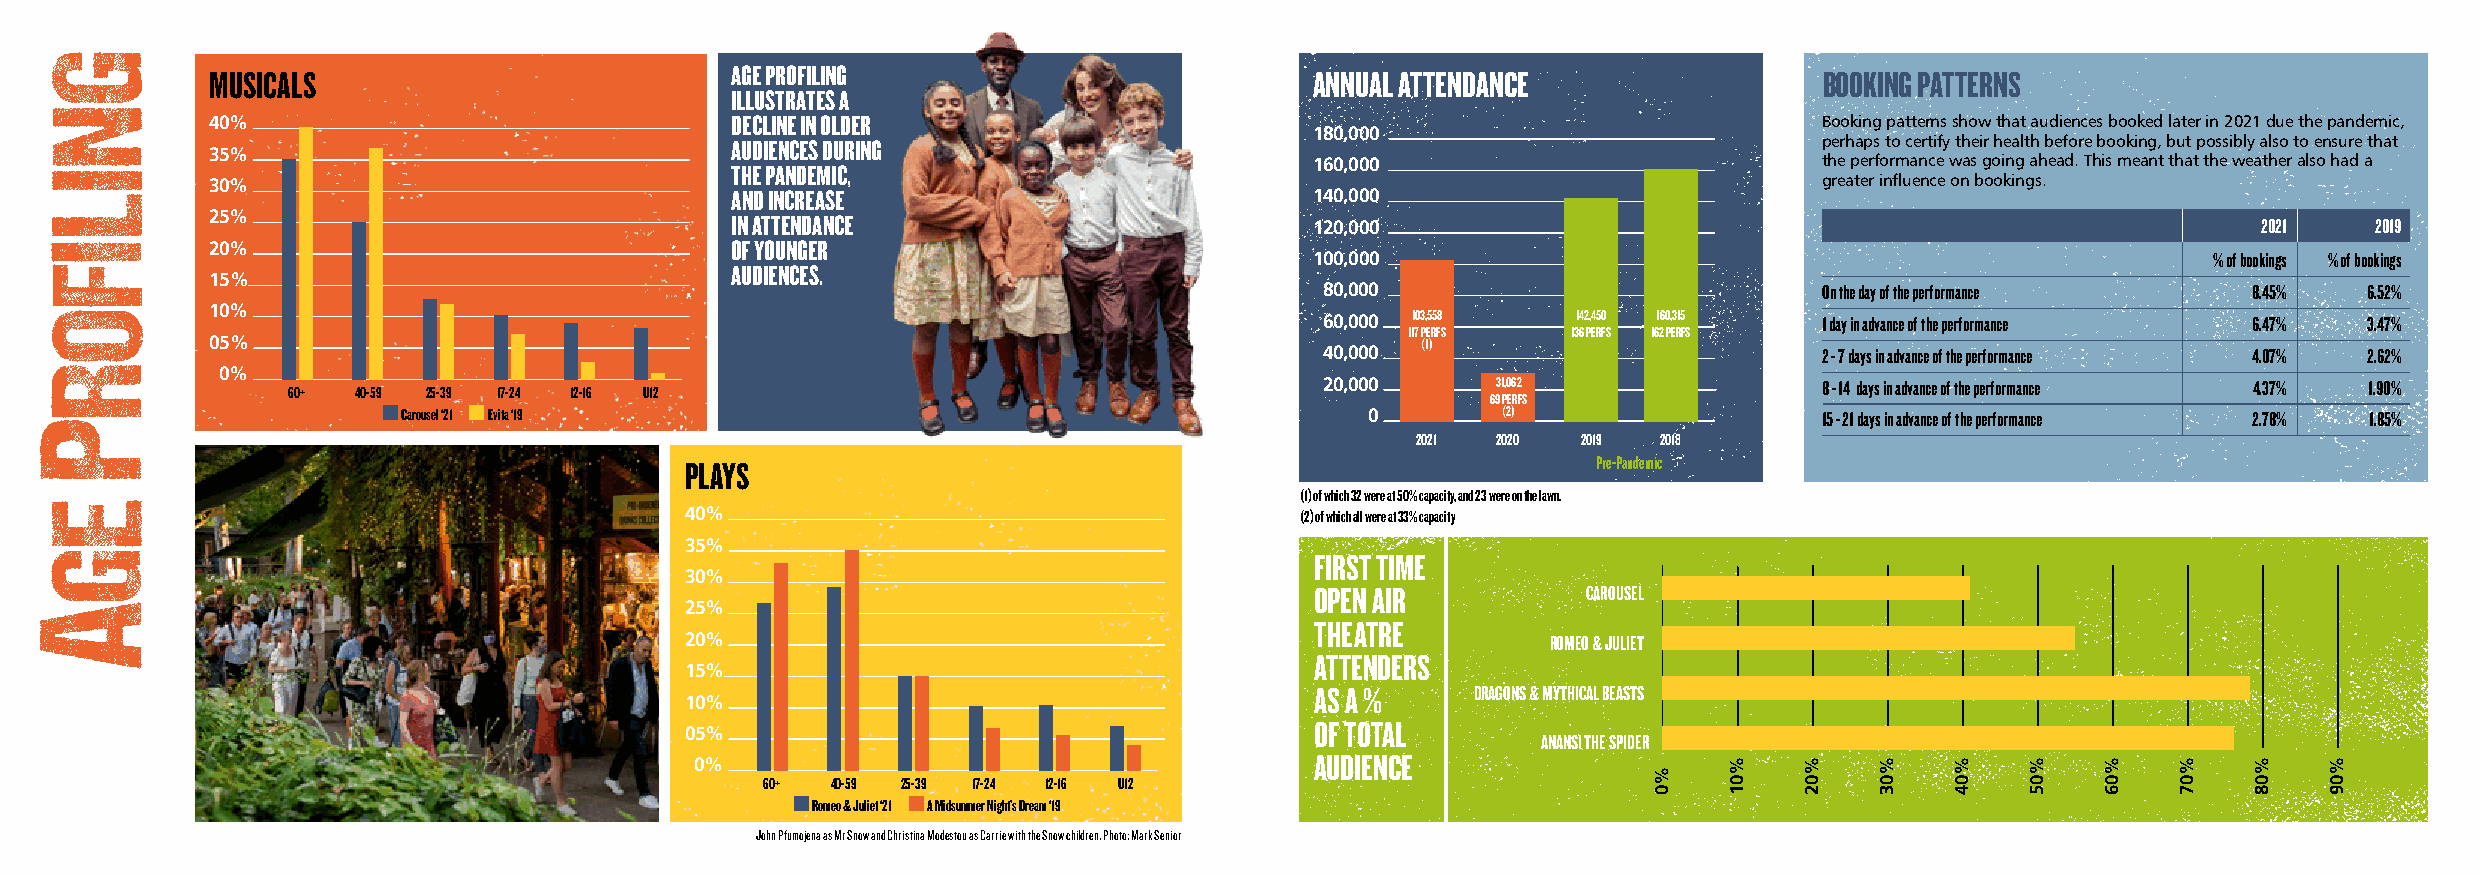
MUSICALS                          AGE PROFILING                          ANNUAL ATTENDANCE                 BOOKING PATTERNS
 ILLUSTRATES A
 40%                               DECLINE IN OLDER                                                         Booking patterns show that audiences booked later in 2021 due the pandemic,
 180,000
 AUDIENCES DURING                                                         perhaps to certify their health before booking, but possibly also to ensure that
 35%
 THE PANDEMIC,                          160,000                           the performance was going ahead. This meant that the weather also had a
 30%                                                                                                        greater influence on bookings.
 AND INCREASE                           140,000
 25%                               IN ATTENDANCE                          120,000                                                        2021   2019
 20%                               OF YOUNGER
 100,000                                                    % of bookings % of bookings
 AUDIENCES.
 15%
 80,000                           On the day of the performance 8.45% 6.52%
 10%                                                                       60,000 103,558  142,450 160,315  1 day in advance of the performance 6.47% 3.47%
 117 PERFS  136 PERFS 162 PERFS
 05%                                                                             (1)
 40,000                           2 - 7 days in advance of the performance 4.07% 2.62%
 0%
 20,000     31,062                8 - 14 days in advance of the performance 4.37% 1.90%
 60+  40-59 25-39 17-24 12-16 U12
 69 PERFS
 Carousel ‘21 Evita ‘19                                          0       (2)                   15 - 21 days in advance of the performance 2.78% 1.85%
 2021 2020  2019 2018
 PLAYS                                                        Pre-Pandemic
 (1) of which 32 were at 50% capacity, and 23 were on the lawn.
 40%                                      (2) of which all were at 33% capacity
 35%
 FIRST TIME
 30%
 OPEN AIR          CAROUSEL
 25%
 THEATRE
 20%                                                       ROMEO & JULIET
 ATTENDERS
 15%
 AS A %     DRAGONS & MYTHICAL BEASTS
 10%
 OF TOTAL
 05%
 ANANSI THE SPIDER
 0%                                       AUDIENCE
 60+ 40-59 25-39 17-24 12-16 U12
 Romeo & Juliet ‘21 A Midsummer Night’s Dream ‘19
 John Pfumojena as Mr Snow and Christina Modestou as Carrie with the Snow children. Photo: Mark Senior
 %0
 %01  %02  %03  %04  %05  %06  %07  %08  %09